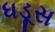
ધડૂસ